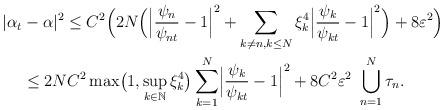
LaTeX: \begin{align*} |\alpha_t&-\alpha|^2 \leq C^2\Bigl(2N\Bigl(\Bigl|\frac{\psi_n}{\psi_{nt}}-1\Bigr|^2 + \sum_{k\neq n,k\leq N}\xi_k^4\Bigl|\frac{\psi_k}{\psi_{kt}}-1\Bigr|^2\Bigr) + 8\varepsilon^2\Bigr) \\ &\leq 2N C^2\max\bigl(1,\sup_{k\in\mathbb N}\xi_k^4\bigr)\sum_{k=1}^N\Bigl|\frac{\psi_k}{\psi_{kt}}-1\Bigr|^2 + 8C^2\varepsilon^2\ \bigcup_{n=1}^N\tau_n.\end{align*}